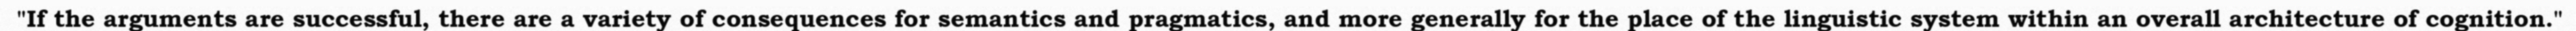
"If the arguments are successful, there are a variety of consequences for semantics and pragmatics, and more generally for the place of the linguistic system within an overall architecture of cognition."